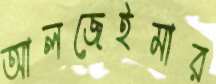
আলজেইমার